Lunatic asylums Central Provinces reports 1874-1885 - 1874-1885
Year: 1874
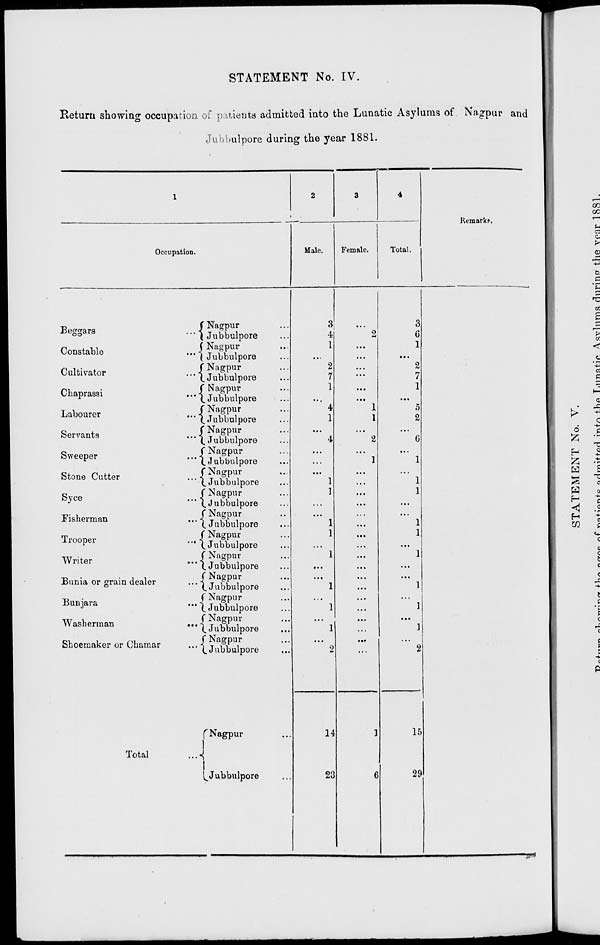
STATEMENT No. IV.
Return showing occupation of patients admitted into the Lunatic Asylums of Nagpur and
Jubbulpore during the year 1881.
1
Occupation.
Beggars
...
Constable
...
Cultivator
...
Chaprassi
...
Labourer
...
Servants
...
Sweeper
...
Stone Cutter ...
Syce ...
Fisherman
...
Trooper
...
Writer
...
Bunia or grain dealer
...
Bunjara ...
Washerman
...
Shoemaker or Chamar ...
Total ...
Nagpur ...
Jubbulpore ...
Nagpur ...
Jubbulpore ...
Nagpur ...
Jubbulpore ...
Nagpur ...
Jubbulpore ...
Nagpur ...
Jubbulpore ...
Nagpur ...
Jubbulpore ...
Nagpur ...
Jubbulpore ...
Nagpur ...
Jubbulpore ...
Nagpur ...
Jubbulpore ...
Nagpur ...
Jubbulpore ...
Nagpur ...
Jubbulpore ...
Nagpur ...
Jubbulpore ...
Nagpur ...
Jubbulpore ...
Nagpur ...
Jubbulpore ...
Nagpur ...
Jubbulpore ...
Nagpur ...
Jubbulpore ...
Nagpur ...
Jubbulpore ...
2
Male.
3
4
1
...
2
7
1
...
4
1
...
4
...
...
...
1
1
...
...
1
1
...
1
...
...
1
...
1
...
1
...
2
14
23
3
Female.
...
2
...
...
...
...
...
...
1
1
...
2
...
1
...
...
...
...
...
...
...
...
...
...
...
...
...
...
...
...
...
...
1
6
4
Total.
3
6
1
...
2
7
1
...
5
2
...
6
...
1
...
1
1
...
...
1
1
...
1
...
...
1
...
1
...
1
...
2
15
29
Remarks.